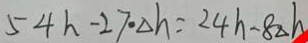
5 4 h - 2 7 \cdot \Delta h = 2 4 h - 8 \Delta h